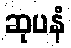
ဆုပနံ